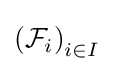
\left({\mathcal {F}}_{i}\right)_{i\in I}